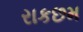
રાકછમ